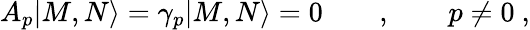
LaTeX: A_{p}|M,N\rangle=\gamma_{p}|M,N\rangle=0\qquad,\qquad p\neq 0\ ,